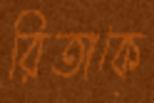
রিতাকে